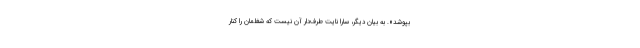
بپوشد». به بیان دیگر، سارا نایت طرف‌دار آن نیست که شغلمان را کنار